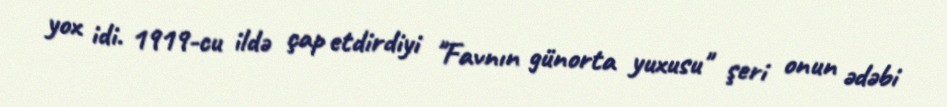
yox idi. 1919-cu ildə çap etdirdiyi "Favnın günorta yuxusu" şeri onun ədəbi